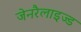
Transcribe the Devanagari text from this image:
जेनरैलाइज्ड